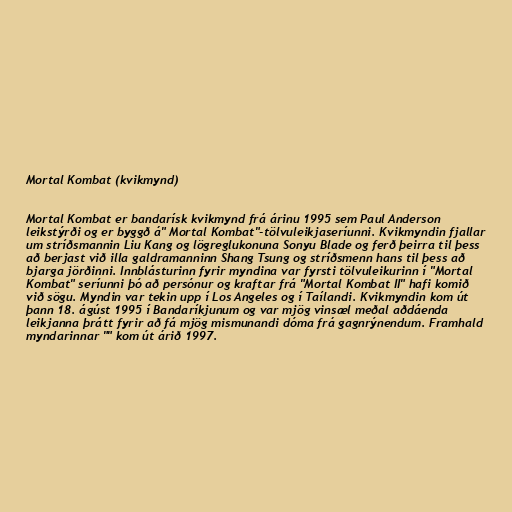
Mortal Kombat (kvikmynd)

Mortal Kombat er bandarísk kvikmynd frá árinu 1995 sem Paul Anderson
leikstýrði og er byggð á" Mortal Kombat"-tölvuleikjaseríunni. Kvikmyndin fjallar
um stríðsmannin Liu Kang og lögreglukonuna Sonyu Blade og ferð þeirra til þess
að berjast við illa galdramanninn Shang Tsung og stríðsmenn hans til þess að
bjarga jörðinni. Innblásturinn fyrir myndina var fyrsti tölvuleikurinn í "Mortal
Kombat" seríunni þó að persónur og kraftar frá "Mortal Kombat II" hafi komið
við sögu. Myndin var tekin upp í Los Angeles og í Taílandi. Kvikmyndin kom út
þann 18. ágúst 1995 í Bandaríkjunum og var mjög vinsæl meðal aðdáenda
leikjanna þrátt fyrir að fá mjög mismunandi dóma frá gagnrýnendum. Framhald
myndarinnar "" kom út árið 1997.